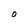
Character: O